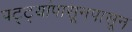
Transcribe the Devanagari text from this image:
पट्ट्यांपासूनपासून